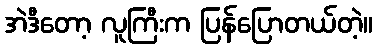
အဲဒီတော့ လူကြီးက ပြန်ပြောတယ်တဲ့။